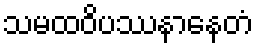
သမထဝိပဿနာနေတံ